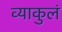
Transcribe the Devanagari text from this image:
व्याकुलं